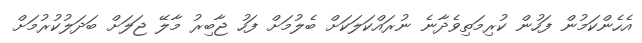
އެހެންކަމުން ފަހުން ކުރިމަތިވެދާނެ ނުރައްކަލަކަށް ބެލުމަށް ފަހު ޖާބިރު މާލޭ ޖަލަށް ބަދަލުކުރުމަށް